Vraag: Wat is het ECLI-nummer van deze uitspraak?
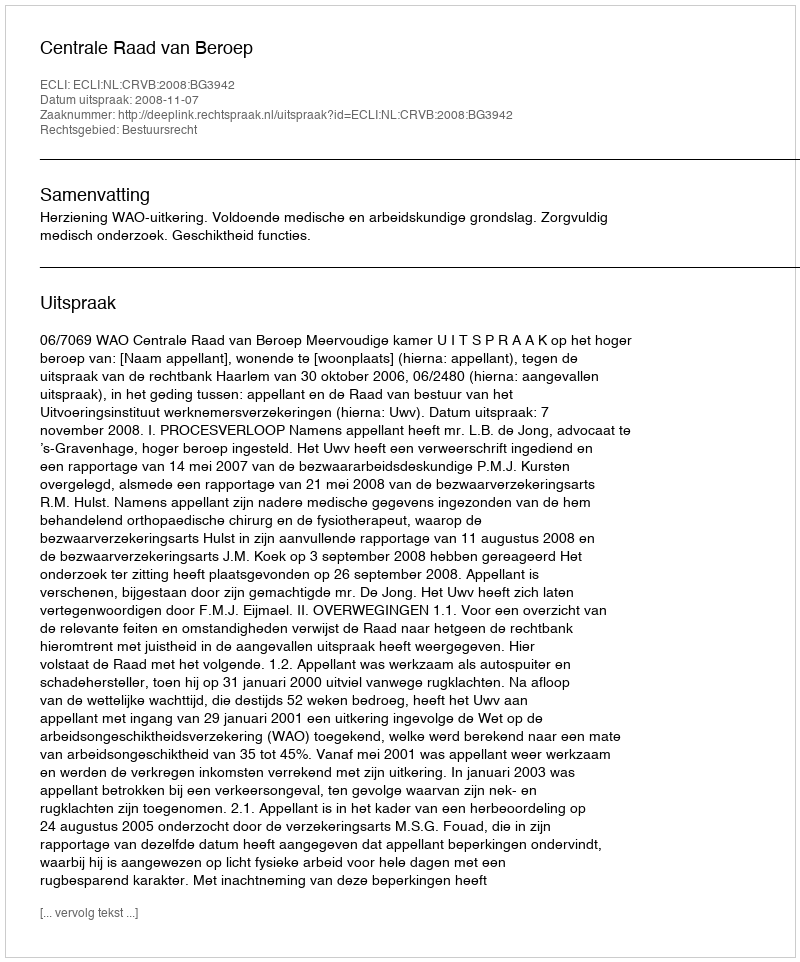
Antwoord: ECLI:NL:CRVB:2008:BG3942